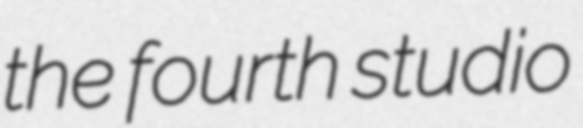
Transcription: the fourth studio